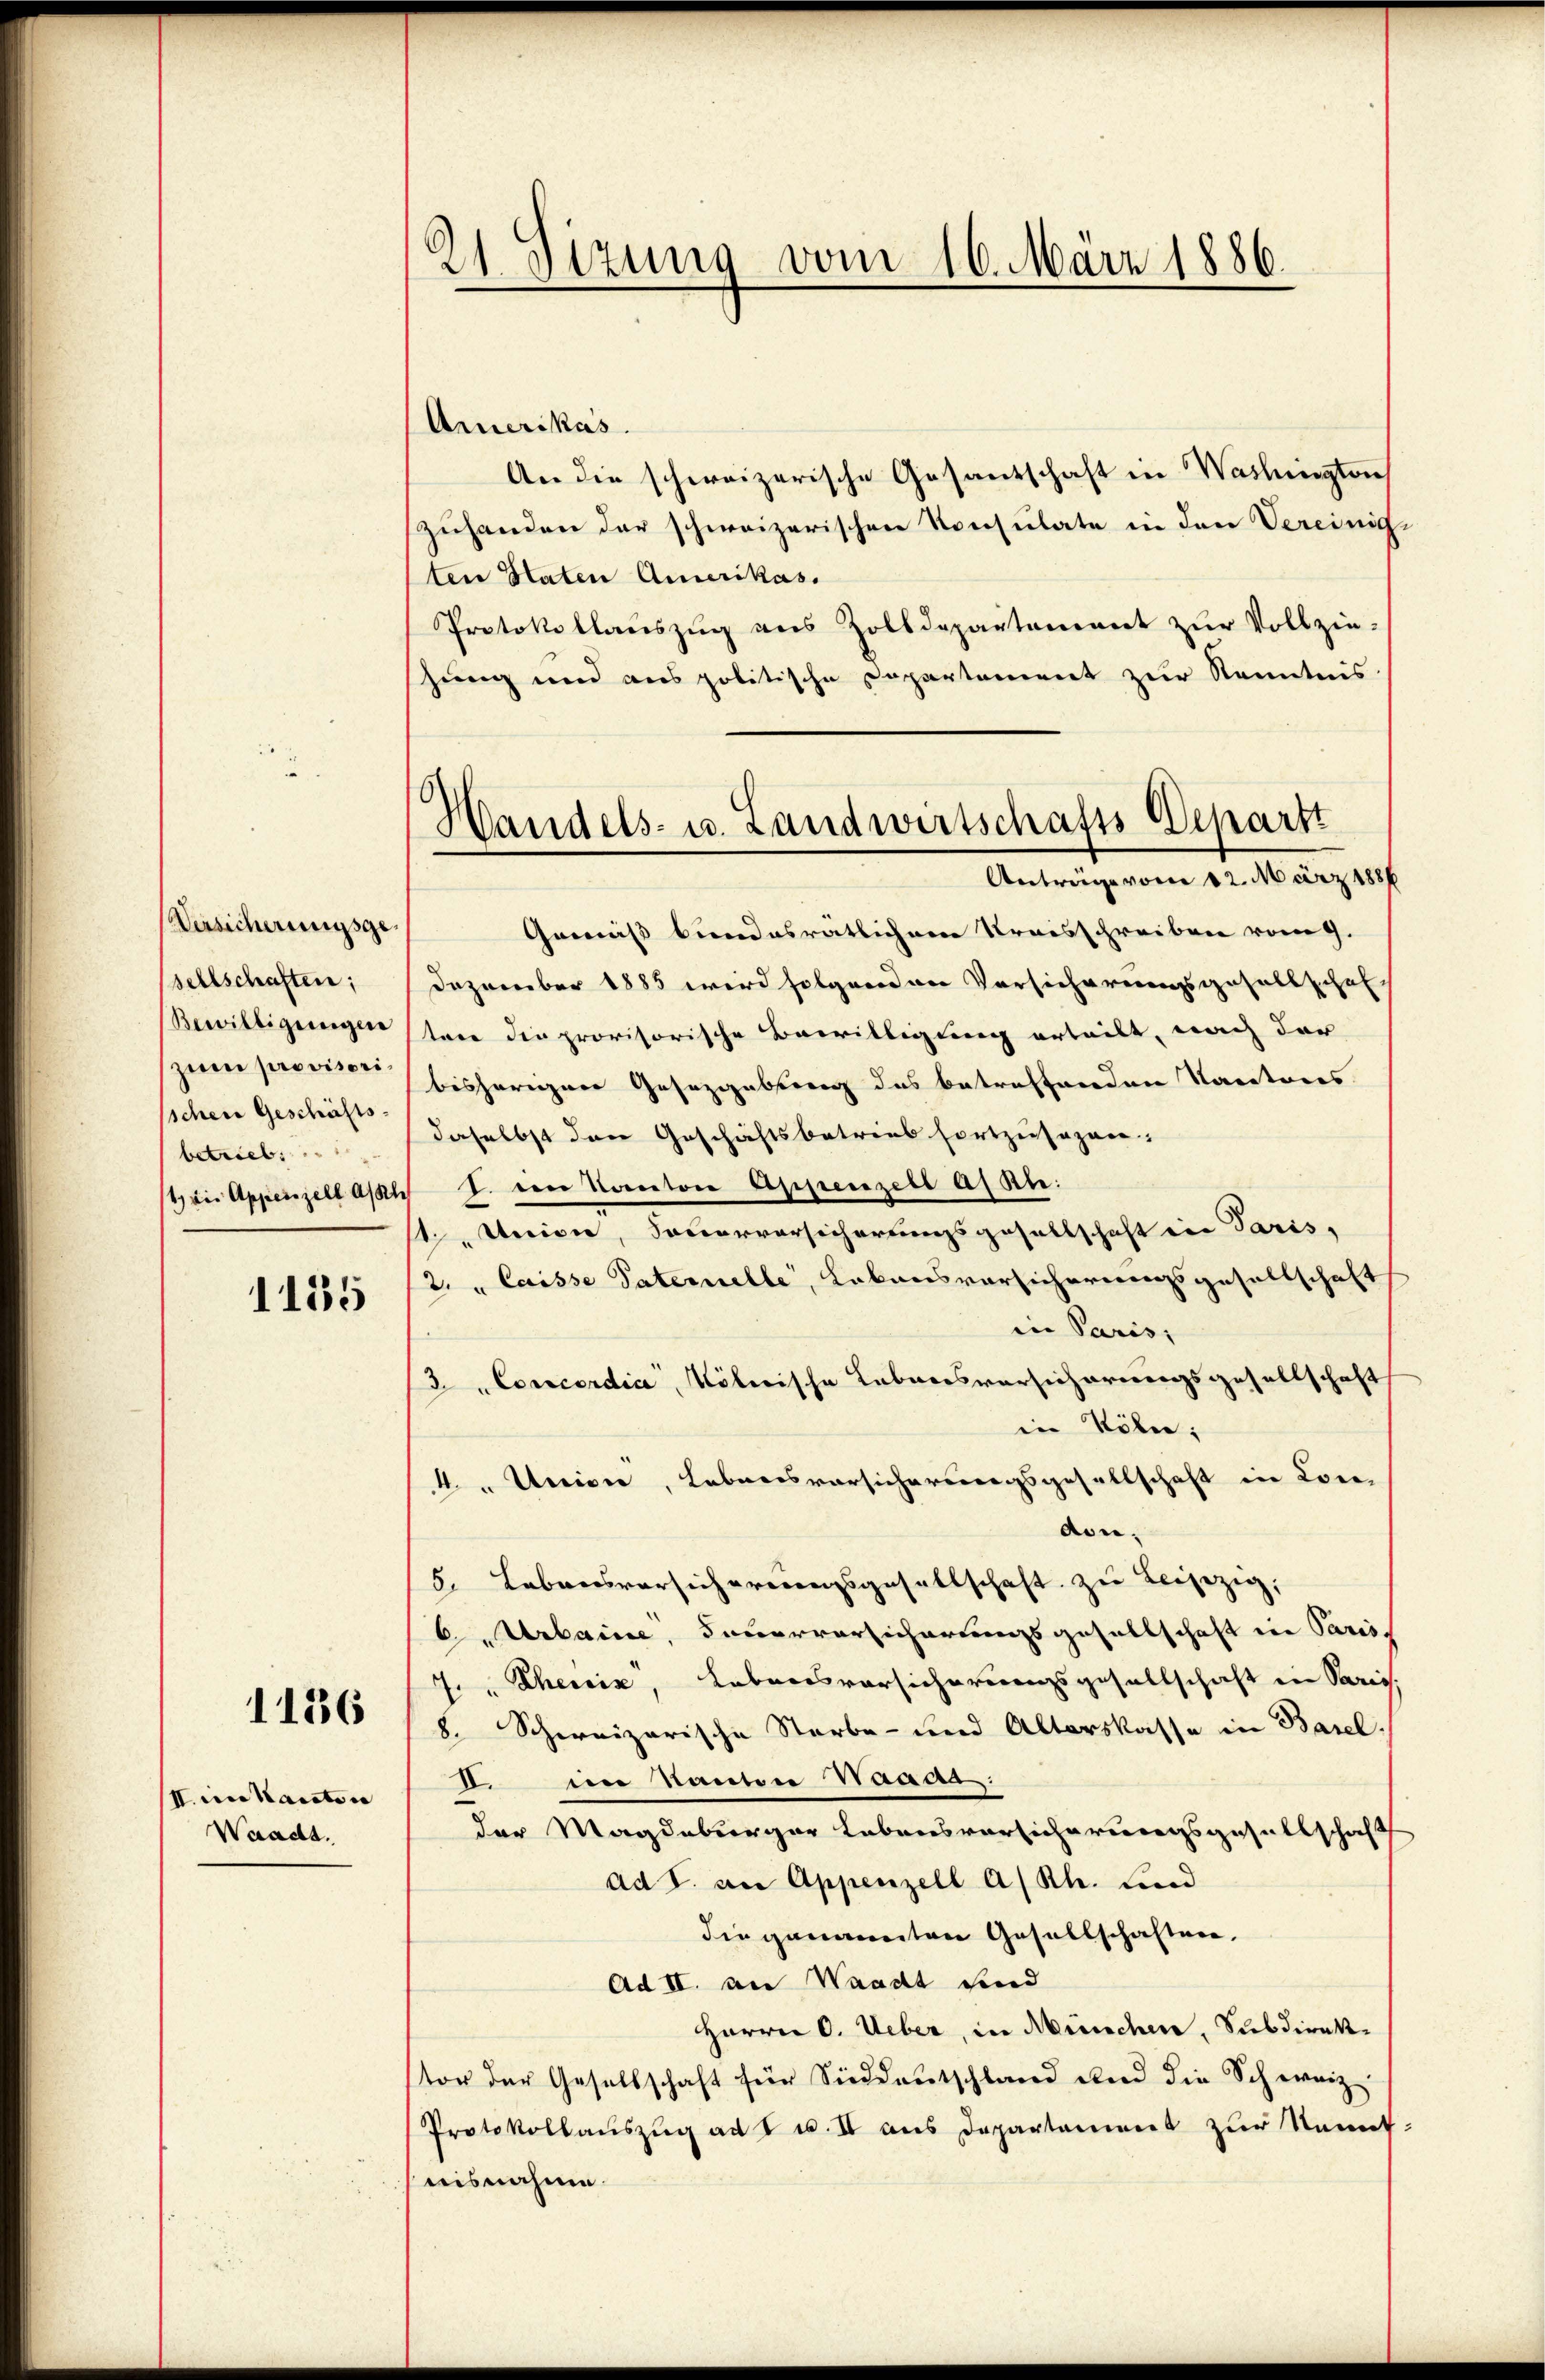
Versicherungsge
sellschaften;
Bewilligungen
zum provisori
sschen Geschäfts
betriebe

1135

I. in Kanton
Waadt.

1136

21. Sitzung vom 16. März 1886.

Armerikas
An die schweizerische Gesandschaft in Washington
zuhanden der schweizerischen Konsulate in den Vereinige
ten Staten Amerikas.
Protokollaŭszŭg ans Zolldepartament zŭr Vollzie-
hung und aus politische Departement zur Kenntnis
Gemäß bundesrätlichen Kreisschreiben vom 9.
Dezember 1885 wird folgenden Vorsicherungsgesellschaf
tene die provisorische Bewilligung erteilt, nach der
bisherigen Gesetzgebung des betreffenden Naratores
daselbst den Geschäftsbetrieb fortzusagen:
air Appenzell auch S. den Kanton Appenzell A. Kle:
11. Union, Souerversicherungsgesellschaft in Paris,
2. " laisse Paterielle, Lakonsvorsicherungsgesellschaft
in Paris;
3 „Concordia, Kölnische Lebensversicherungsgesellschaft
in Köber;
4." Union, Lebensvorsicherungsgesellschaft in Lon-
don;
5. Lebensvorsicherungsgesellschaft zu beisezig,
6 Urbaine, Feuerversicherungsgesellschaft in Paris.
7. " Rhein, Lebensvorsicherungsgesellschaft in Paris.
8. Schweizerische Starbe- und Alterskasse in Basel.
di in Kanton Waad
der Magdeburger Lebensvorsicherungsgesellschaft
ad I. an Appenzell A/Rh. Lind
die genannten Gesellschaften.
Ad II. an Waadt und
Herrn C. Ueber, in München, Subdirektor der Gesellschaft für Sieddeutschland und die Schweiz
Protokollaŭszŭg ad I u. II ans Departement zŭr Kenntnisnahme.

Handels- u. Landwirtschafts-Departi
Anträge vom 12. März 1886